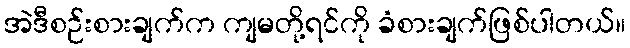
အဲဒီစဉ်းစားချက်က ကျမတို့ရင်ကို ခံစားချက်ဖြစ်ပါတယ်။